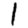
Digit: 1